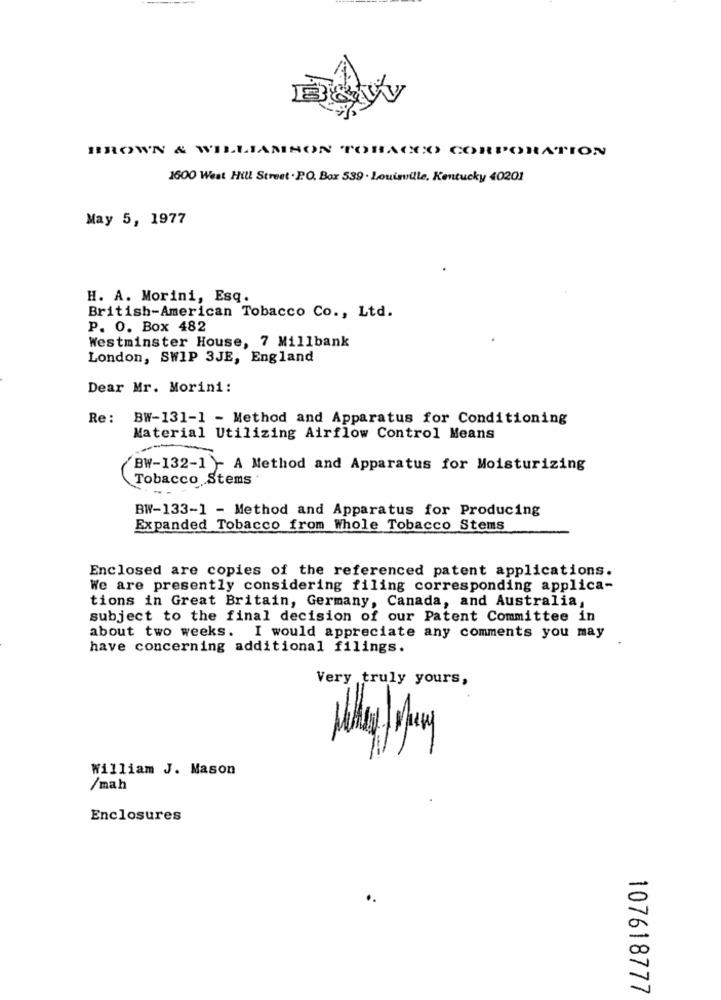
BROWN & WILLIAMSON TOBACCO CORPORATION
1600 West Hill Street . P.O. Box 539 . Louisville, Kentucky 40201
May 5, 1977
H. A. Morini, Esq.
British-American Tobacco Co ., Ltd.
P. O. Box 482
Westminster House, 7 Millbank
London, SWIP 3JE, England
Dear Mr. Morini:
Re: BW-131-1 - Method and Apparatus for Conditioning
Material Utilizing Airflow Control Means
BW-132-1 - A Method and Apparatus for Moisturizing
Tobacco Stems
BW-133-1 - Method and Apparatus for Producing
Expanded Tobacco from Whole Tobacco Stems
Enclosed are copies of the referenced patent applications.
We are presently considering filing corresponding applica-
tions in Great Britain, Germany, Canada, and Australia,
subject to the final decision of our Patent Committee in
about two weeks. I would appreciate any comments you may
have concerning additional filings.
Very truly yours,
William J. Mason
/mah
Enclosures
. .
107618777